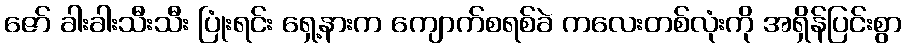
ဇော် ခါးခါးသီးသီး ပြုံးရင်း ရှေ့နားက ကျောက်စရစ်ခဲ ကလေးတစ်လုံးကို အရှိန်ပြင်းစွာ